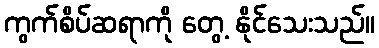
ကွက်စိပ်ဆရာကို တွေ့ နိုင်သေးသည်။